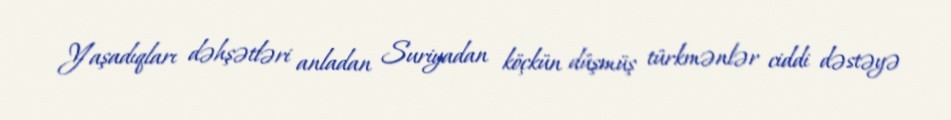
Yaşadıqları dəhşətləri anladan Suriyadan köçkün düşmüş türkmənlər ciddi dəstəyə